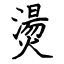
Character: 燙